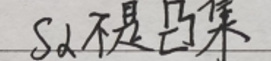
$S_d$不是凸集